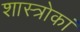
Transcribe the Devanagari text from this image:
शास्त्रोकां